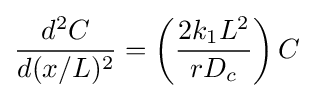
{\frac {d^{2}C}{d(x/L)^{2}}}=\left({\frac {2k_{1}L^{2}}{rD_{c}}}\right)C